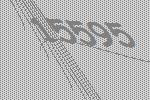
15595